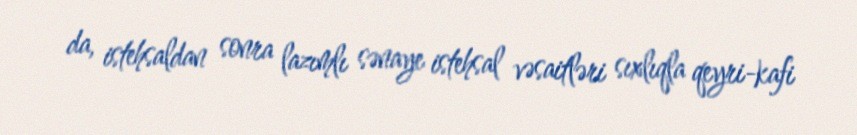
da, istehsaldan sonra lazımlı sənaye istehsal vəsaitləri sıxlıqla qeyri-kafi